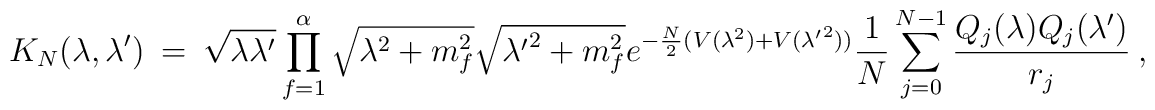
K_N(\lambda,\lambda')~=~ \sqrt{\lambda \lambda'} \prod_{f=1}^{\alpha} \sqrt{\lambda^2+m_f^2}\sqrt{{\lambda'}^2+m_f^2}  e^{-\frac{N}{2} (V(\lambda^2)+V({\lambda'}^2))} \frac{1}{N} \sum_{j=0}^{N-1} \frac{Q_j(\lambda) Q_j(\lambda')}{r_j} ~,